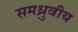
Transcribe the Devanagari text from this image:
समध्रुवीय